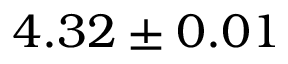
4 . 3 2 \pm 0 . 0 1